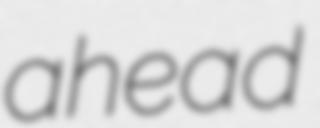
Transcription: ahead